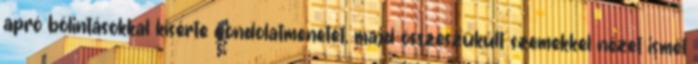
apró bólintásokkal kísérte gondolatmenetét, majd összeszűkült szemekkel nézet ismét